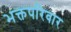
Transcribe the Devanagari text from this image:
भक्तपरिवार